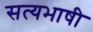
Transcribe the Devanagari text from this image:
सत्यभाषी